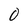
Character: 0